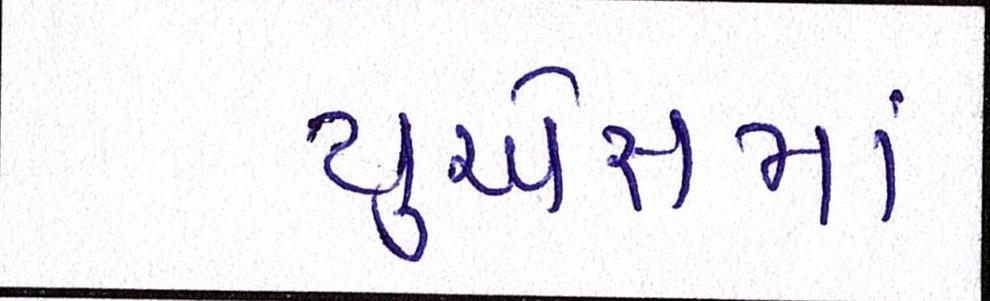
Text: યુએસમાં